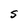
Character: S